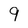
Character: 9